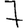
Digit: 7